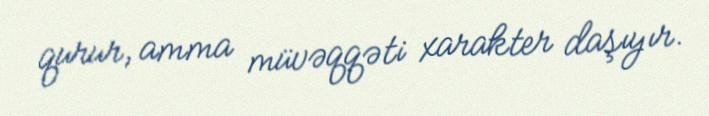
qurur, amma müvəqqəti xarakter daşıyır.